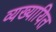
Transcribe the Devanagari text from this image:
व्यख्यायित